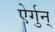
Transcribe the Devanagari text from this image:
ऐर्गुन्